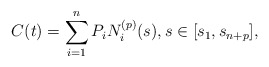
\begin{align*}C(t)=\sum_{i=1}^n P_i N_i^{(p)}(s), s\in[s_1,s_{n+p}],\end{align*}